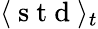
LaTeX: \langle\mathrm{~s~t~d~}\rangle_{t}